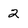
Character: 2